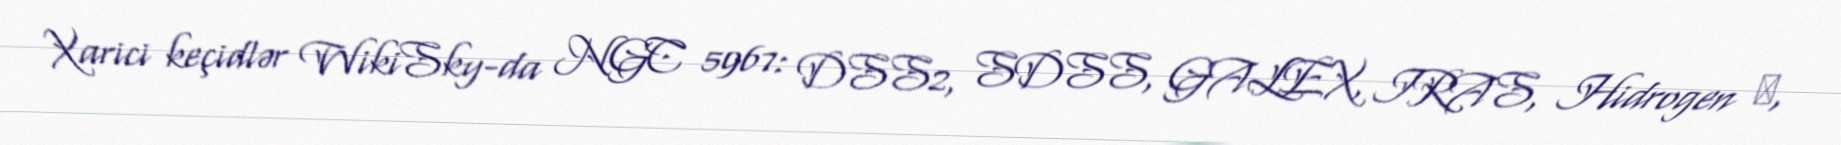
Xarici keçidlər WikiSky-da NGC 5967: DSS2, SDSS, GALEX, IRAS, Hidrogen α,